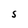
Character: S